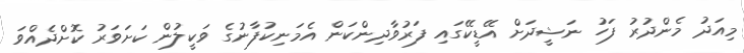
މިއަދު މެންދުރު ފަހު ނަޝީދަށް އޭޑީކޭގައި ފަރުވާދިންކަން އެމަނިކުފާނުގެ ވަކީލުން ކަށަވަރު ކޮށްދެއްވަ